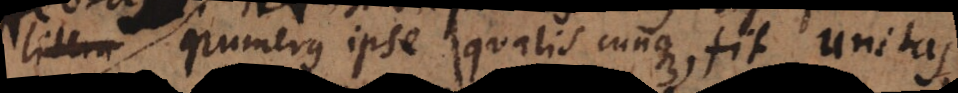
litera numerus ipse qualiscunque fit unitas,